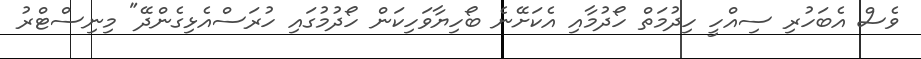
ވެސް އެބަހުރި ސިއްހީ ހިދުމަތް ހޯދުމާއި އެކަށޭނެ ބޯހިޔާވަހިކަން ހޯދުމުގައި ހުރަސްއެޅިގެންދޭ" މިނިސްޓްރު